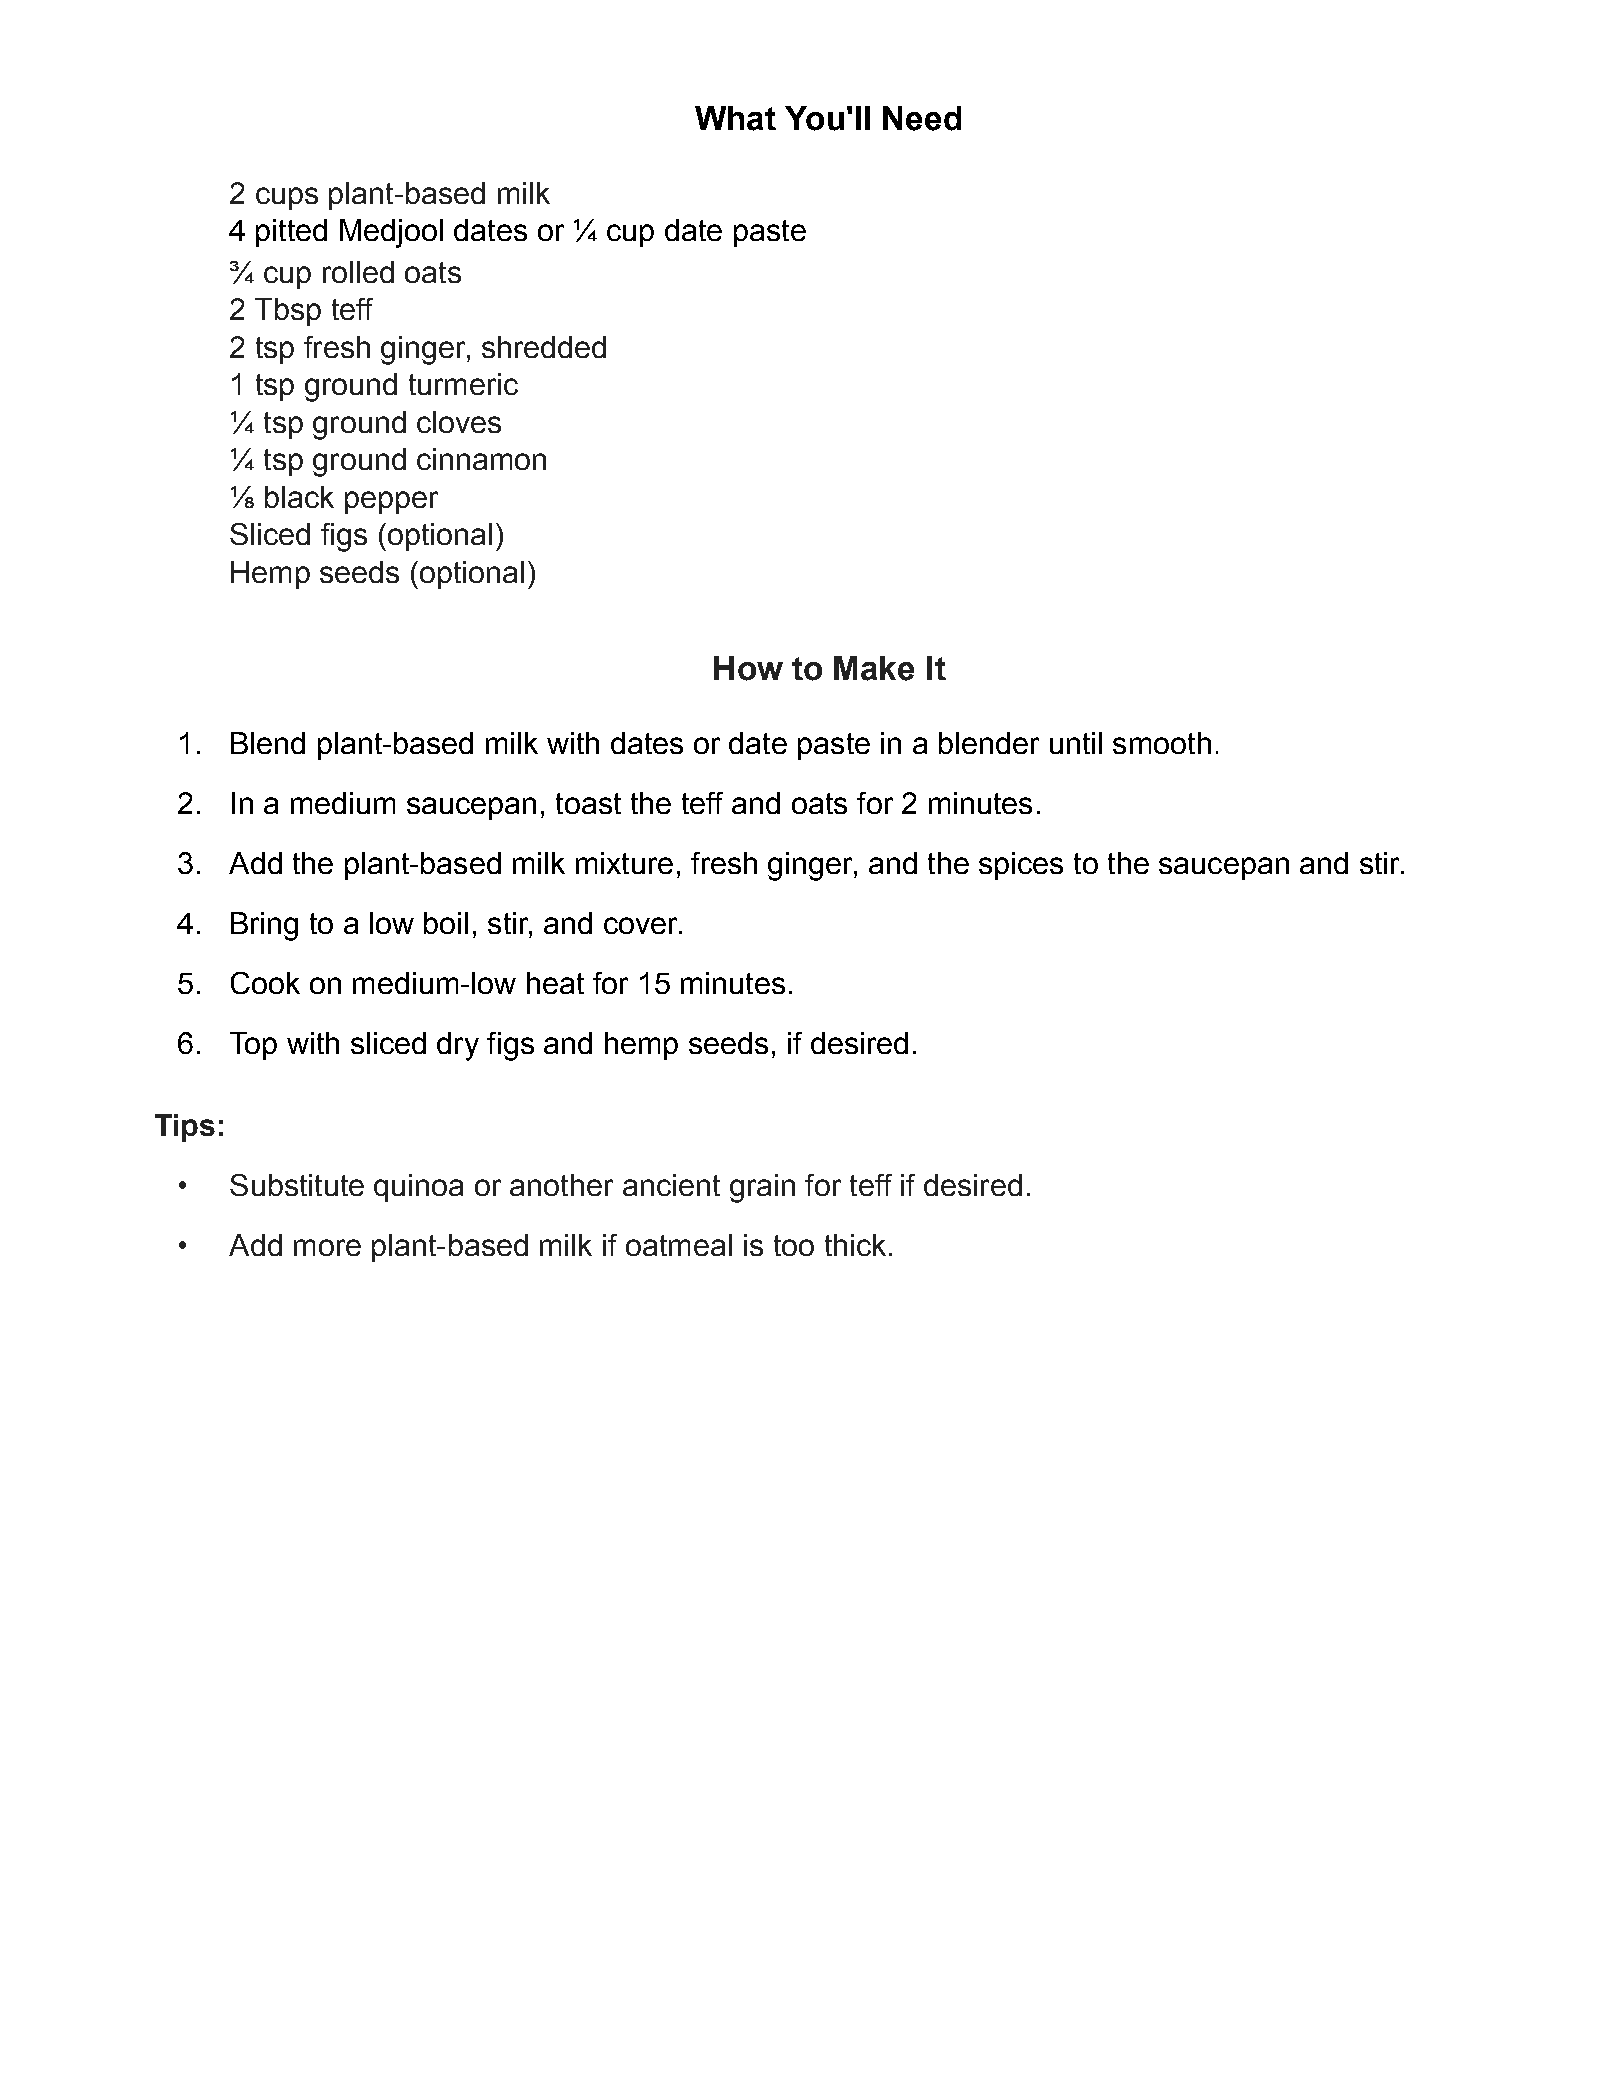
What  You'll Need
 2 cups plant-based milk
 4 pitted Medjool dates or ¼ cup date paste
 ¾ cup rolled oats
 2 Tbsp teff
 2 tsp fresh ginger, shredded
 1 tsp ground turmeric
 ¼ tsp ground cloves
 ¼ tsp ground cinnamon
 ⅛ black pepper
 Sliced figs (optional)
 Hemp  seeds (optional)
 How  to Make  It
 1. Blend plant-based milk with dates or date paste in a blender until smooth.
 2. In a medium saucepan, toast the teff and oats for 2 minutes.
 3. Add the plant-based milk mixture, fresh ginger, and the spices to the saucepan and stir.
 4. Bring to a low boil, stir, and cover.
 5. Cook on medium-low  heat for 15 minutes.
 6. Top with sliced dry figs and hemp seeds, if desired.
 Tips:
 •  Substitute quinoa or another ancient grain for teff if desired.
 •  Add more  plant-based milk if oatmeal is too thick.